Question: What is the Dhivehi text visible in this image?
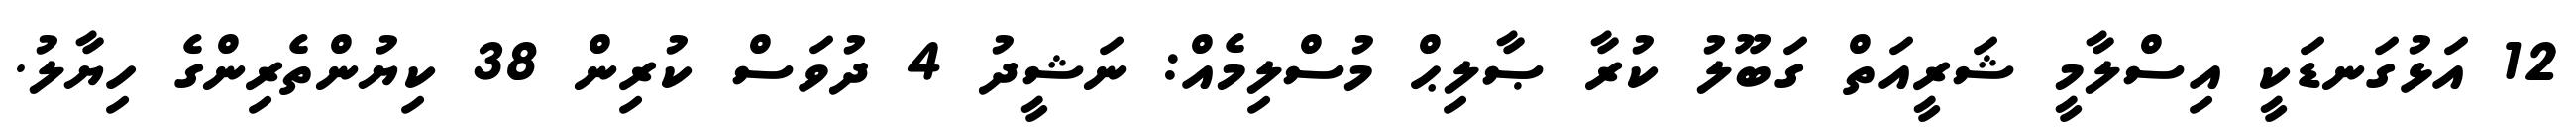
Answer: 12 އަޅުގަނޑަކީ އިސްލާމީ ޝަރީއަތް ގަބޫލު ކުރާ ޞާލިޙް މުސްލިމެއް: ނަޝީދު 4 ދުވަސް ކުރިން 38 ކިޔުންތެރިންގެ ހިޔާލު.